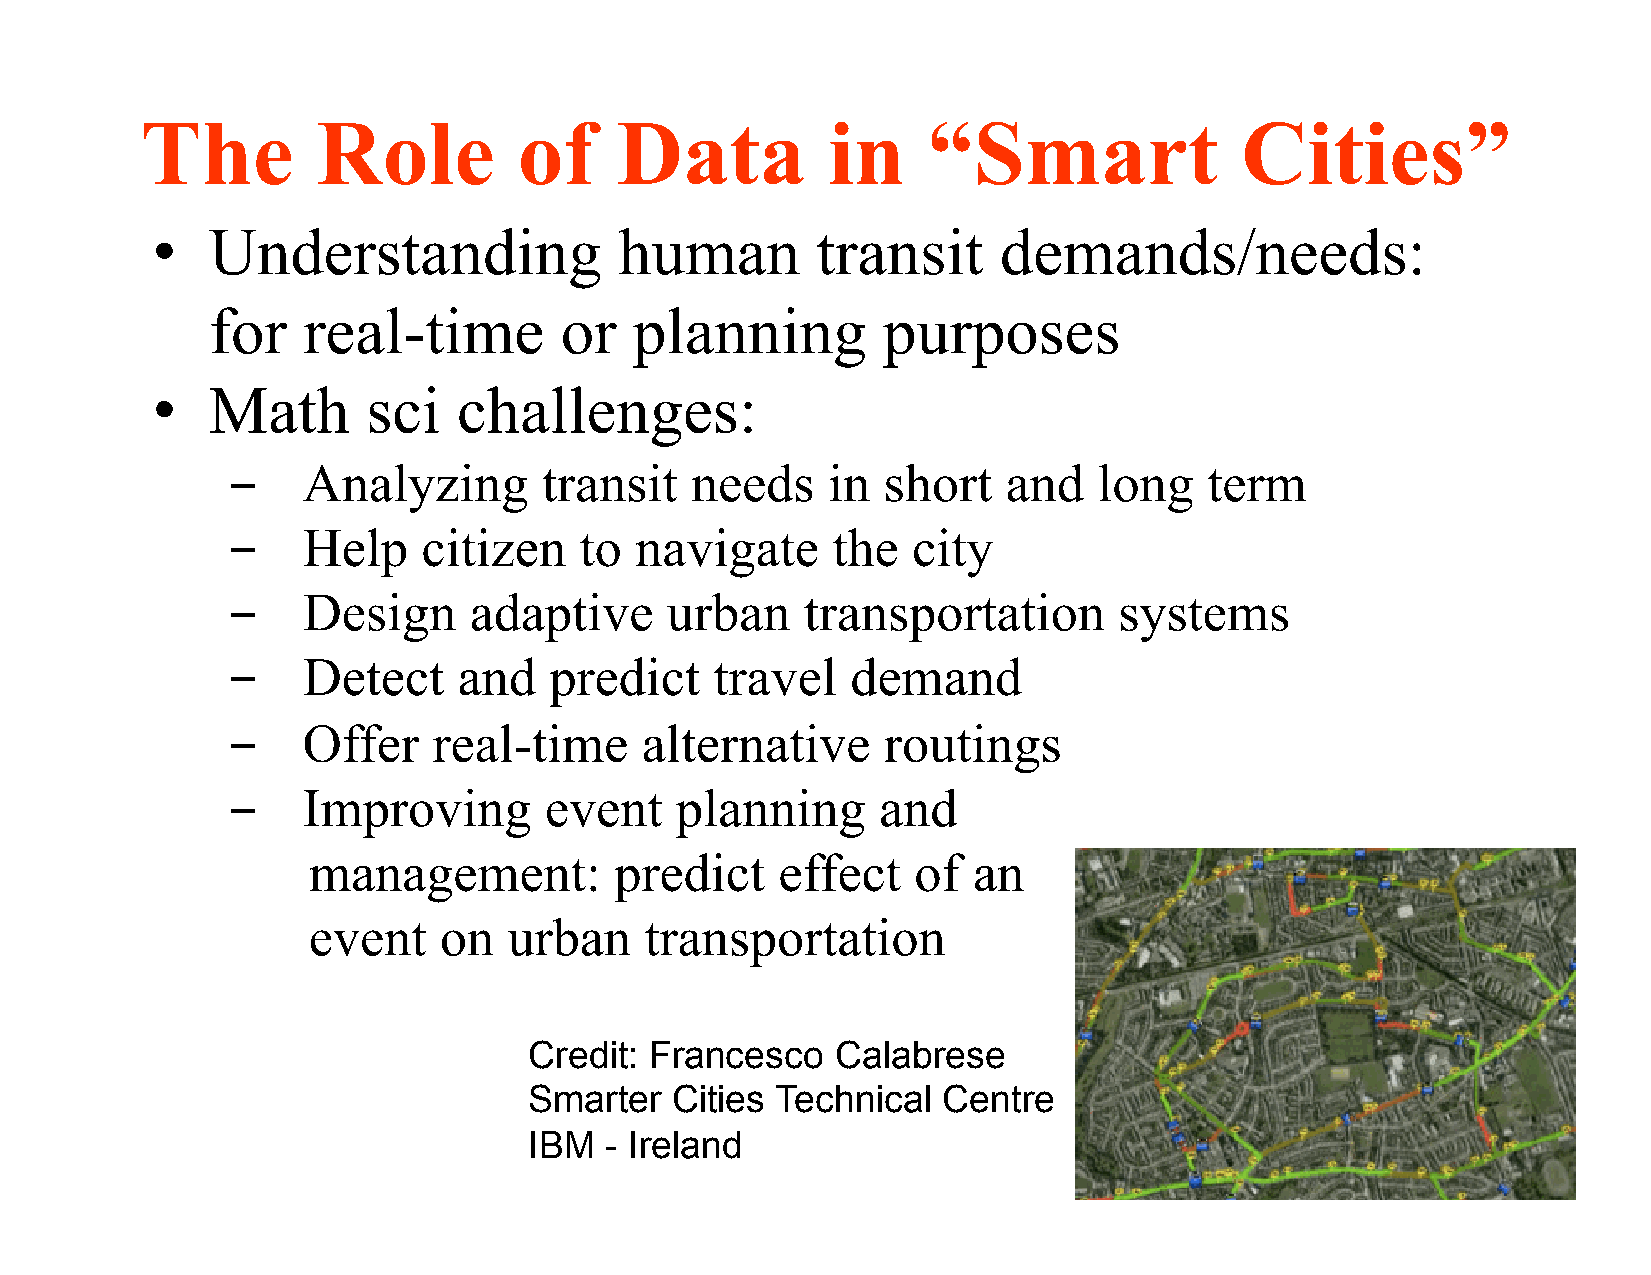
The         Role         of     Data          in    “Smart               Cities”
 •   Understanding              human        transit     demands/needs:
 for   real-time        or   planning        purposes
 •   Math      sci   challenges:
 ­    Analyzing       transit   needs    in short    and   long   term
 ­    Help    citizen   to  navigate     the  city
 ­    Design     adaptive     urban    transportation       systems
 ­    Detect    and   predict    travel   demand
 ­    Offer    real-time    alternative     routings
 ­    Improving       event    planning     and
 management:          predict    effect  of  an
 event    on   urban    transportation
 Credit: Francesco   Calabrese
 Smarter  Cities Technical  Centre
 21
 IBM  - Ireland